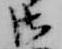
御